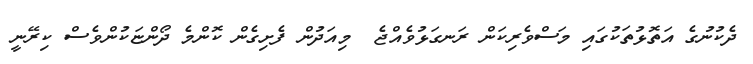
ދެކުނުގެ އަތޮޅުތަކުގައި މަސްވެރިކަން ރަނގަޅުވެއްޖެ  މިއަދުން ފެށިގެން ކޮންމެ ދޯންޏަކުންވެސް ކިރޭނީ